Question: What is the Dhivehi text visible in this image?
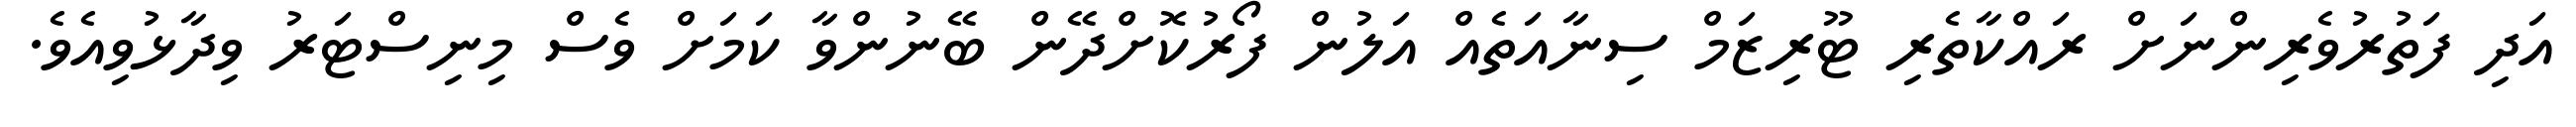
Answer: އަދި ފަތުރުވެރިންނަށް ރައްކާތެރި ޓޫރިޒަމް ސިނާއަތެއް އަލުން ފޯރުކޮށްދޭން ބޭނުންވާ ކަމަށް ވެސް މިނިސްޓަރު ވިދާޅުވިއެވެ.